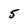
Character: 5